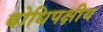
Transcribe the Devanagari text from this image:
बोधिपक्षीय